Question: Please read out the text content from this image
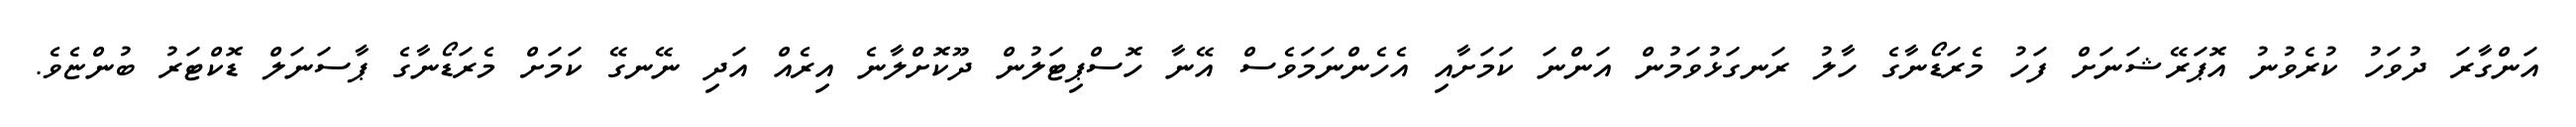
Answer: އަންގާރަ ދުވަހު ކުރެވުނު އޮޕަރޭޝަނަށް ފަހު މެރަޑޯނާގެ ހާލު ރަނގަޅުވަމުން އަންނަ ކަމަށާއި އެހެންނަމަވެސް އޭނާ ހޮސްޕިޓަލުން ދޫކޮށްލާނެ އިރެއް އަދި ނޭނގޭ ކަމަށް މެރަޑޯނާގެ ޕާސަނަލް ޑޮކްޓަރު ބުންޏެވެ.